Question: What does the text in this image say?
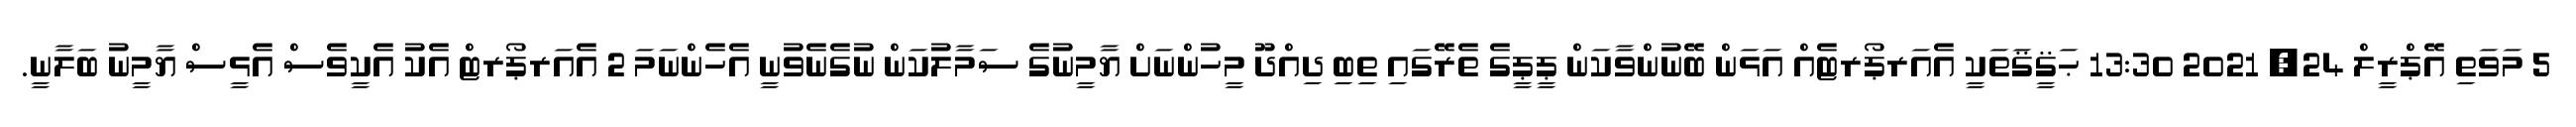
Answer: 5 މަވަތި އޭޕްރީލް 24, 2021 13:30 ޙަޤީޤަތަކީ އެއަރޕޯރޓެއް އަޅަން ބޭނުންވާކަން ޕީޕީގެ ތެރޭގައި ތިބި ދިއްދޫ މީހުންނަށް ޔާމީނުގެ ސަމާލުކަން ނުގެނެވުނީ އެހެންނަމަ 2 އެއަރޕޯރޓް އެކު އެކީވެސް އެޅީސް ޔާމީނު ބަލާނީ.